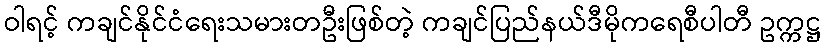
ဝါရင့် ကချင်နိုင်ငံရေးသမားတဦးဖြစ်တဲ့ ကချင်ပြည်နယ်ဒီမိုကရေစီပါတီ ဥက္ကဋ္ဌ